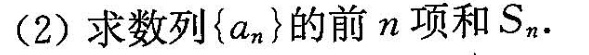
(2)求数列{a_{n}}的前n项和S_{n}.